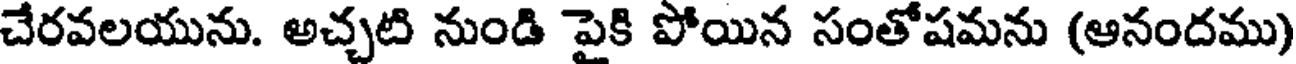
చేరవలయును. అచ్చటి నుండి పైకి పోయిన సంతోషమను (ఆనందము)